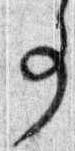
事